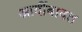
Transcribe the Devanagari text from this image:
आदींबाबत